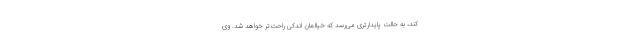
کند، به حالت پایدارتری می‌رسد که خیالمان اندکی راحت‌تر خواهد شد. وی